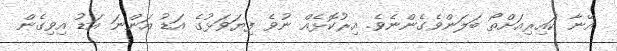
އޭނާ ކައިރިއަށްތޯ ބަލަންވެގެންނެވެ. އިރުކޮޅެއް ނުވެ ފިޔަވަޅުގެ އަޑު އަންނަ އަޑު އިވިގެން